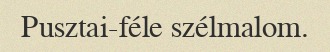
Pusztai-féle szélmalom.